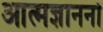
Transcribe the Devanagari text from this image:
आत्मज्ञाननो